system: You are a helpful assistant.
user:
Analyze the provided spectrum to determine if it is a **M-type Giant (gM)**.

A M-type Giant spectrum is defined by its **strong molecular absorption** features, particularly from **Titanium Oxide (TiO)**. You must check for one of the following mutually exclusive signatures:

- **Key Visual Indicators (Absorption-Dominated Spectrum):**

    - **(Primary):** The spectrum is dominated by strong molecular absorption from **Titanium Oxide (TiO)**. This is the **defining feature** of its M-type temperature class.
        - **(Key Bandheads):** Look for sharp, "saw-tooth" absorption valleys. The strongest are located near **~7050 Å**, **~6160 Å**, and **~5170 Å**.
        - **(Line Profile):** The "saw-tooth" morphology is critical: a **sharp, steep drop on the BLUE (short-wavelength) side** of the bandhead, followed by a gradual recovery (rising flux) towards the RED (long-wavelength) side.

    - **(Key Confirmation - Giant vs. Dwarf):** **ABSENCE** of strong **Calcium Hydride (CaH)** molecular bands. This is the primary diagnostic for *excluding* M-dwarfs.
        - **(Key Region):** The spectrum should lack the strong, broad absorption band seen in dwarfs between **~6800 Å and ~7000 Å**.

    - **(Secondary Confirmation - Giant):** A very strong and broad **Neutral Calcium (Ca I)** atomic absorption line.
        - **(Key Line):** Located at **~4226 Å**. In a giant (gM), this line is significantly deeper and broader than the same line in an M-dwarf (dM) due to low surface gravity.

    - **(Overall Spectrum):**
        - The continuum is **extremely red-sloping** (i.e., flux is very low in the blue and rises dramatically towards the red).
        - The entire spectrum appears "chopped up" by the deep TiO bands.

Think first, call **spectral_visualization_tool** if needed to examine features in detail, then provide your final answer. Your response must adhere to the following strict rules:
1.  **Overall Structure:** Your response must follow the format `<think>...</think> <tool_call>...</tool_call> (if a tool is used) <answer>...</answer>`.
2.  **Tool Usage Constraint:** You may only make **one** tool call per turn.
3.  **Final Answer Format:** In the `<answer>` tag, your conclusion must be inside a `\boxed{}` command (e.g., `\boxed{YES}` or `\boxed{NO}`), followed by your justification.

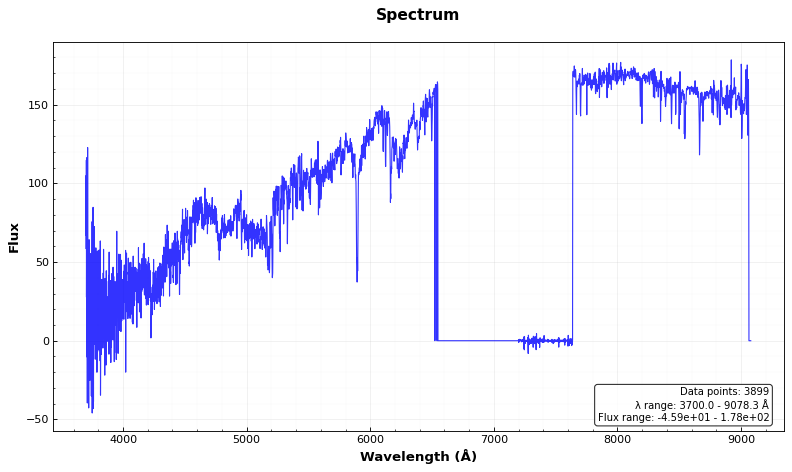
Answer: NO